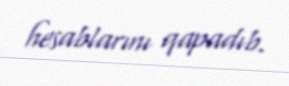
hesablarını qapadıb.